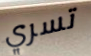
تسري